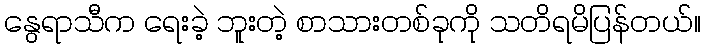
နွေရာသီက ရေးခဲ့ ဘူးတဲ့ စာသားတစ်ခုကို သတိရမိပြန်တယ်။